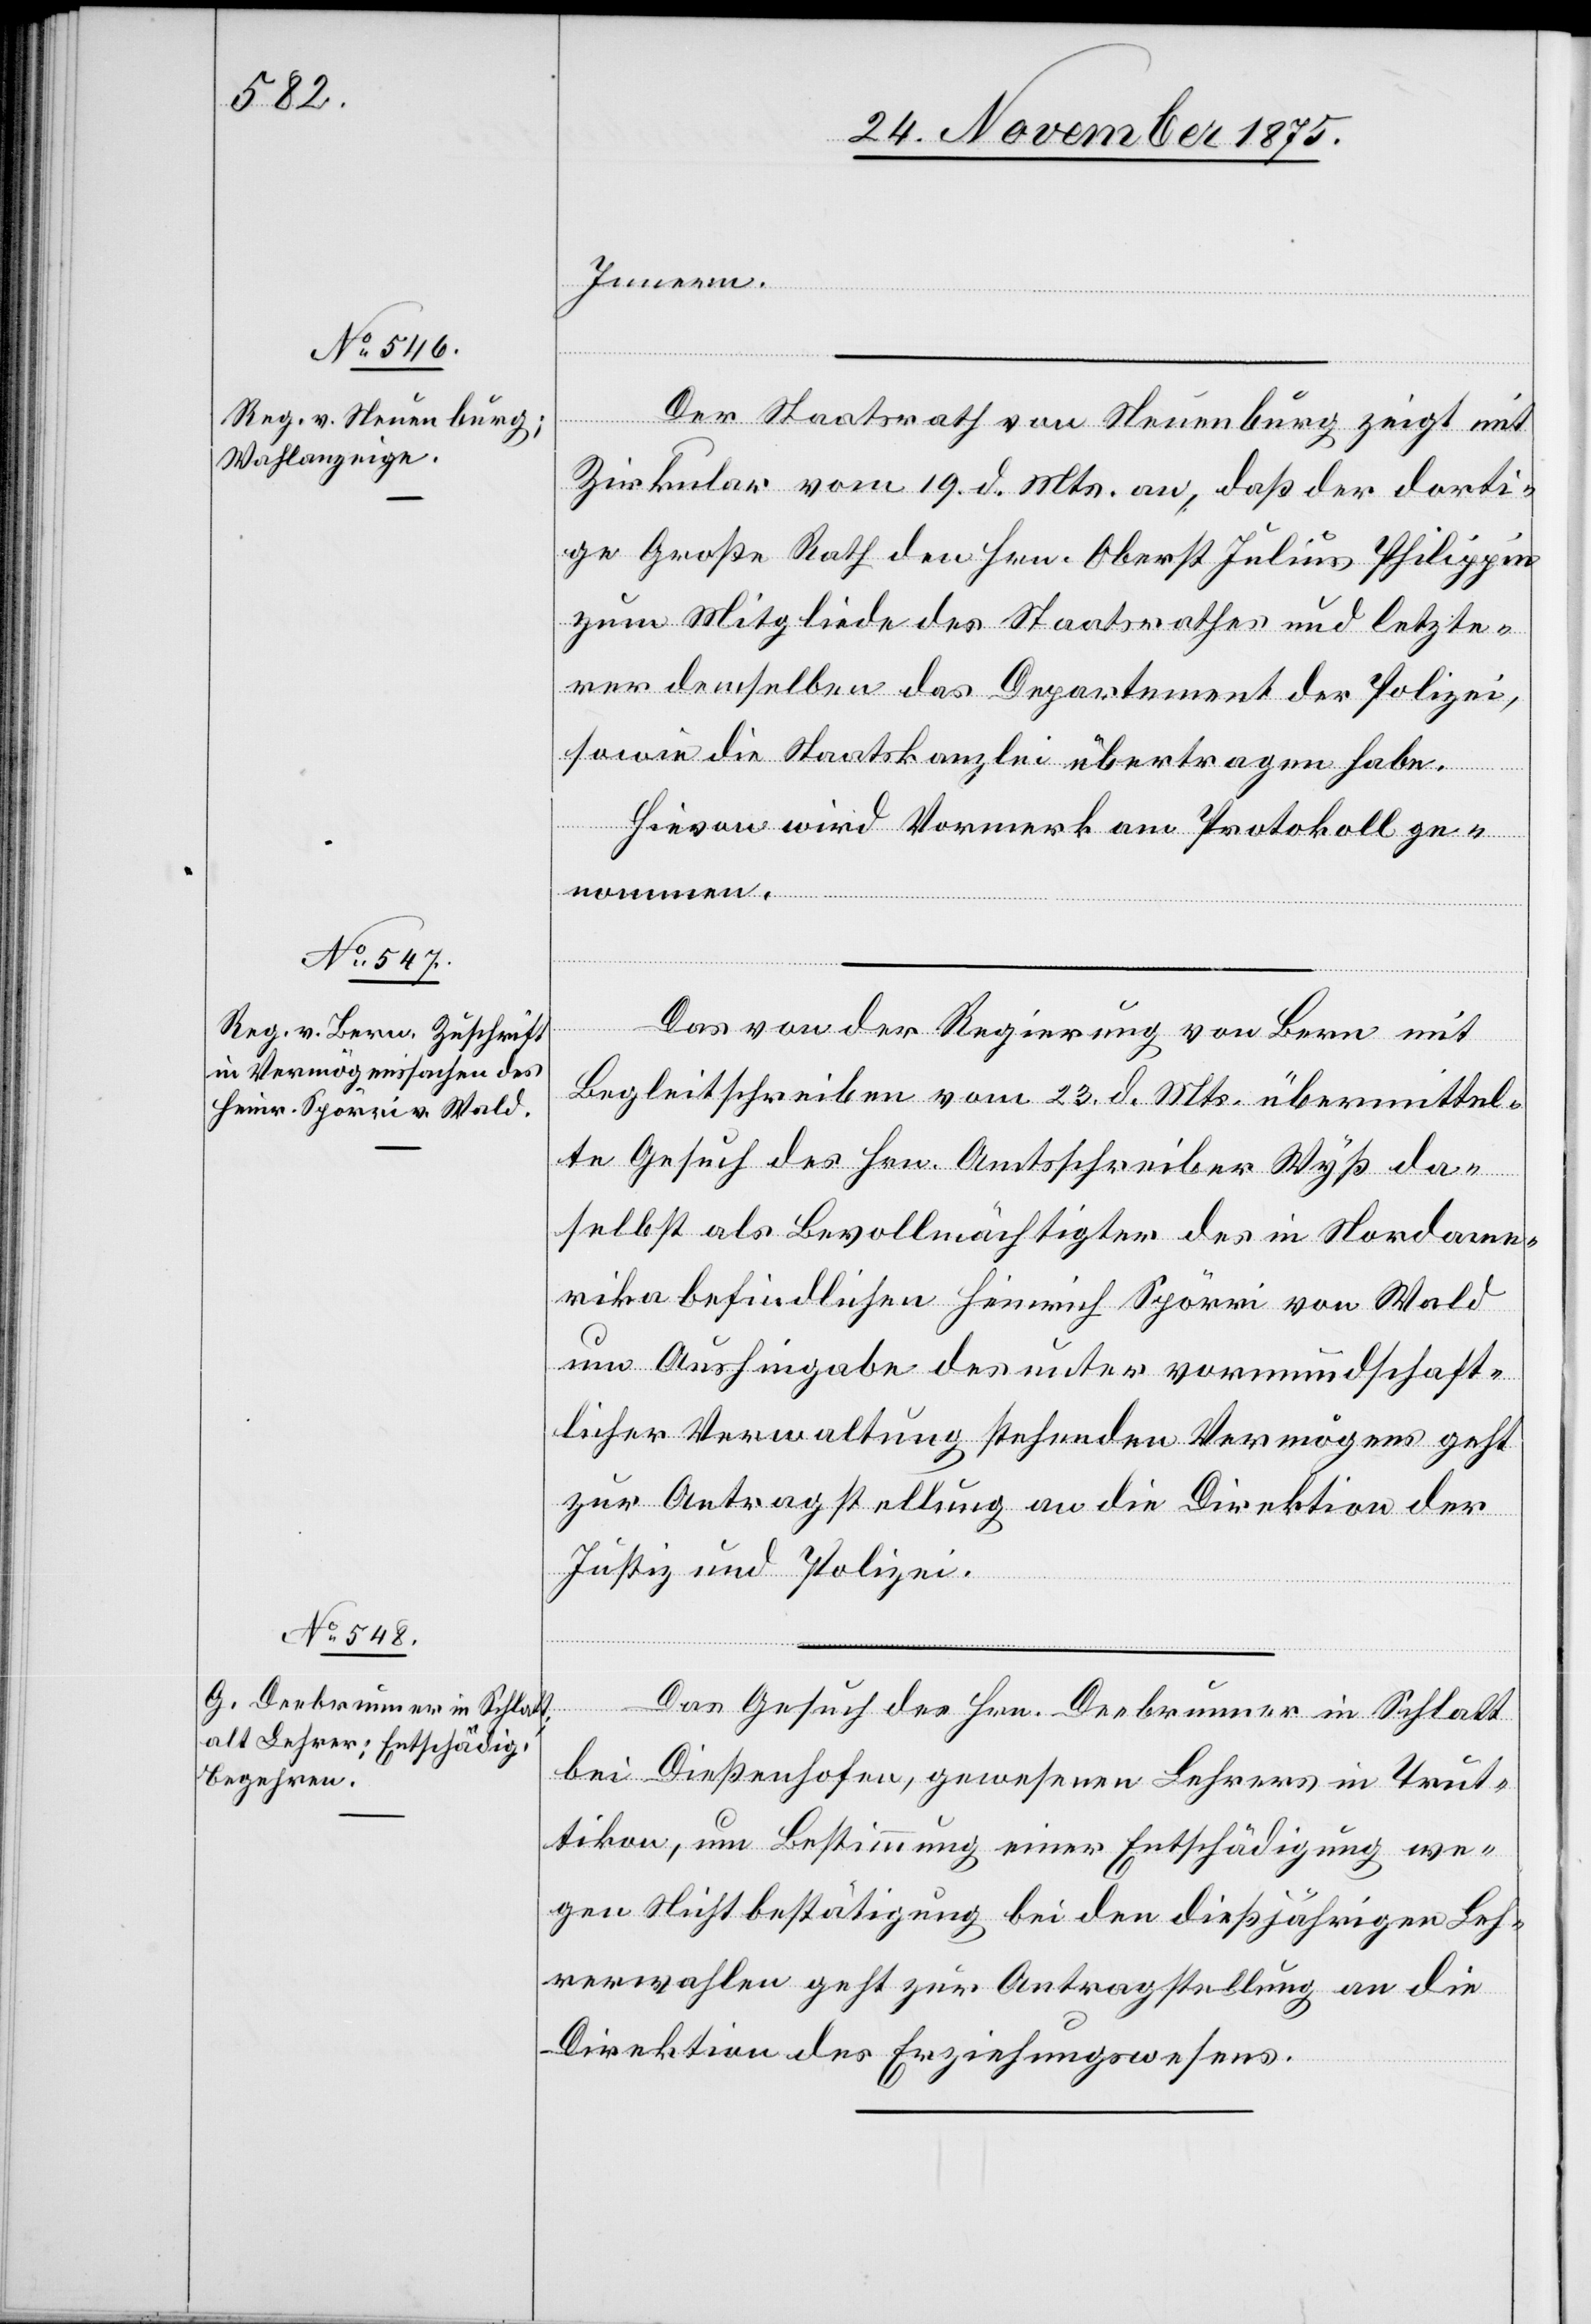
26. November 1875.]
Innern.
Der Staatsrath von Neuenburg zeigt mit
Zirkular vom 19. d. Mts. an, daß der dorti¬
ge Große Rath den Hrn. Oberst Julius Philippin
zum Mitgliede des Staatsrathes und letzte¬
rer demselben das Departement der Polizei,
sowie die Staatskanzlei übertragen habe.
Hievon wird Vormerk am Protokoll ge¬
nommen.
Das von der Regierung von Bern mit
Begleitschreiben vom 23. d. Mts. übermittel¬
te Gesuch des Hrn. Amtsschreiber Wyß da¬
selbst als Bevollmächtigter des in Nordame¬
rika befindlichen Heinrich Spörri von Wald
um Aushingabe des unter vormundschaft¬
licher Verwaltung stehenden Vermögens geht
zur Antragstellung an die Direktion der
Justiz und Polizei.
Das Gesuch des Hrn. Deebrunner in Schlatt
bei Dießenhofen, gewesenen Lehrers in Trut¬
tikon, um Bestimmung einer Entschädigung we¬
gen Nichtbestätigung bei den dießjährigen Leh¬
rerwahlen geht zur Antragstellung an die
Direktion des Erziehungswesens.